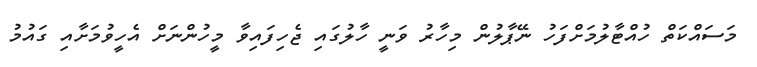
މަސައްކަތް ހުއްޓާލުމަށްފަހު ނޭޕާލުން މިހާރު ވަނީ ހާލުގައި ޖެހިފައިވާ މީހުންނަށް އެހީވުމަށާއި ގައުމު